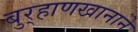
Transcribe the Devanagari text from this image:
बुर्‍हाणखानाने